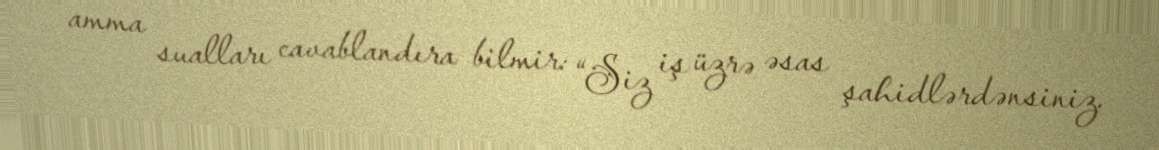
amma sualları cavablandıra bilmir: “Siz iş üzrə əsas şahidlərdənsiniz.